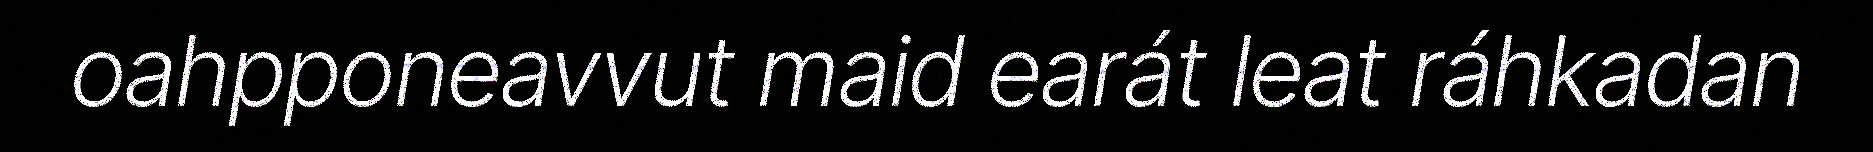
oahpponeavvut maid earát leat ráhkadan